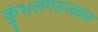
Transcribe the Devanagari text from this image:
कुंभलगडजवळ